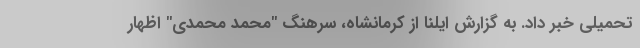
تحمیلی خبر داد. به گزارش ایلنا از کرمانشاه، سرهنگ "محمد محمدی" اظهار